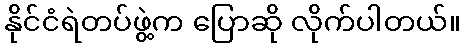
နိုင်ငံရဲတပ်ဖွဲ့က ပြောဆို လိုက်ပါတယ်။